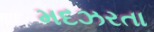
મદઝરતા